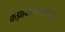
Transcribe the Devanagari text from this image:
कझाकस्तानकडून